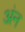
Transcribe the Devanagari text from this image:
अंन